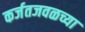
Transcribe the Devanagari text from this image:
कर्जतजवळच्या